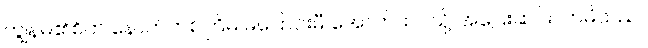
ကျွန်မ၏စိတ် နောက်တစ်ကြိမ် မပြောင်းမီ အောက်ထပ်သို့ အပြေးဆင်းလာမိသည်။